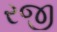
રજી